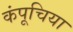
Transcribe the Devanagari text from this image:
कंपूचिया